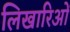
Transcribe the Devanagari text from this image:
लिखारिओं